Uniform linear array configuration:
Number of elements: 16
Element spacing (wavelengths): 1
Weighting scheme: hann
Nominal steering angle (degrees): -60
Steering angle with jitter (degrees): -60.411
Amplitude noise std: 0.05
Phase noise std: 0.05

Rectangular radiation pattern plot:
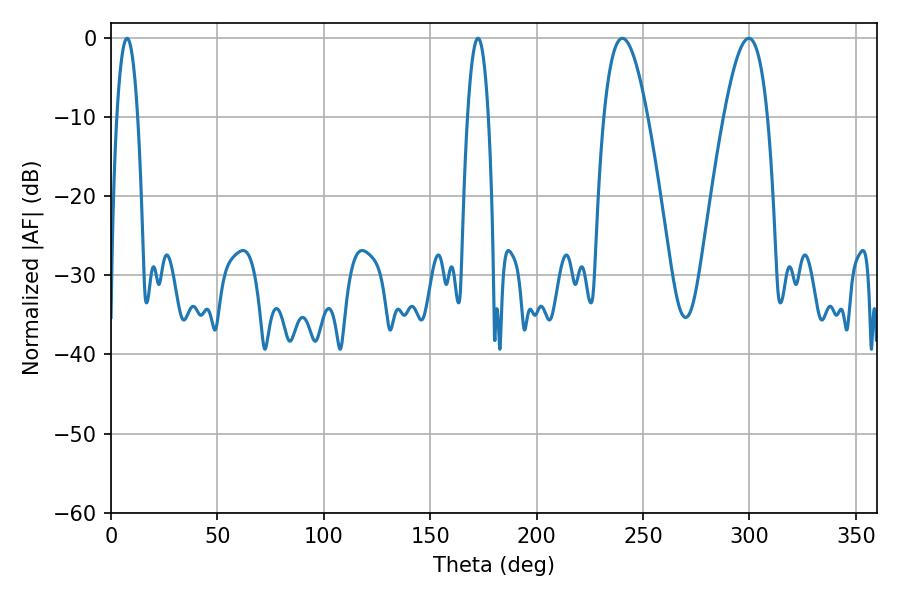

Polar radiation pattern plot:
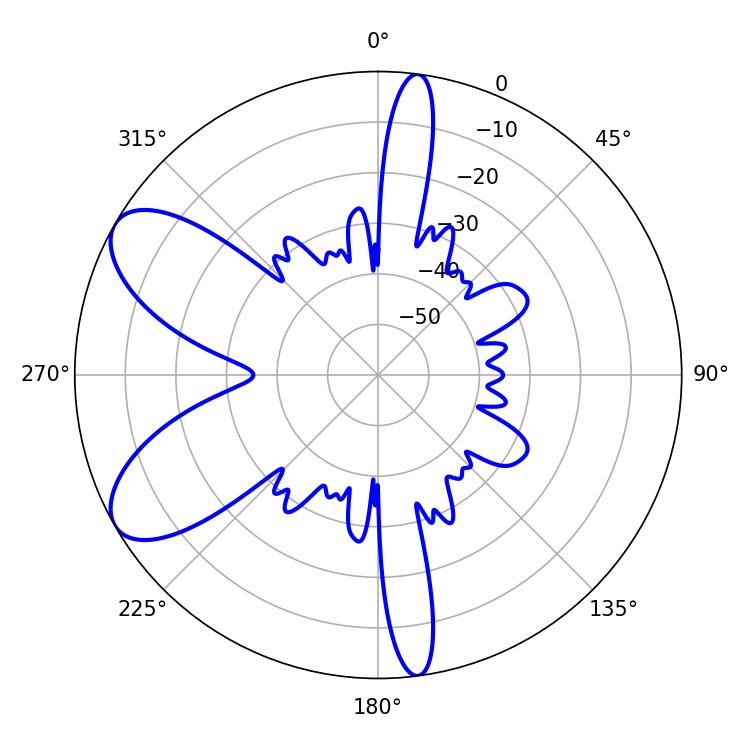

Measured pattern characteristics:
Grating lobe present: TRUE
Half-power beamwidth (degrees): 11.16
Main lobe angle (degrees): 240.3